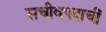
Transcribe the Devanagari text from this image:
सचीवपदाचीं